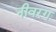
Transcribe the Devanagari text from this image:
नीवरग